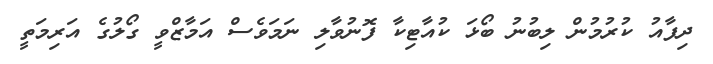
ދިފާއު ކުރުމުން ލިބުނު ބޯޅަ ކުއާޓިކާ ފޮނުވާލި ނަމަވެސް އަމާޒްވީ ގޯލުގެ އަރިމަތީ